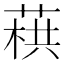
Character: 𦶓